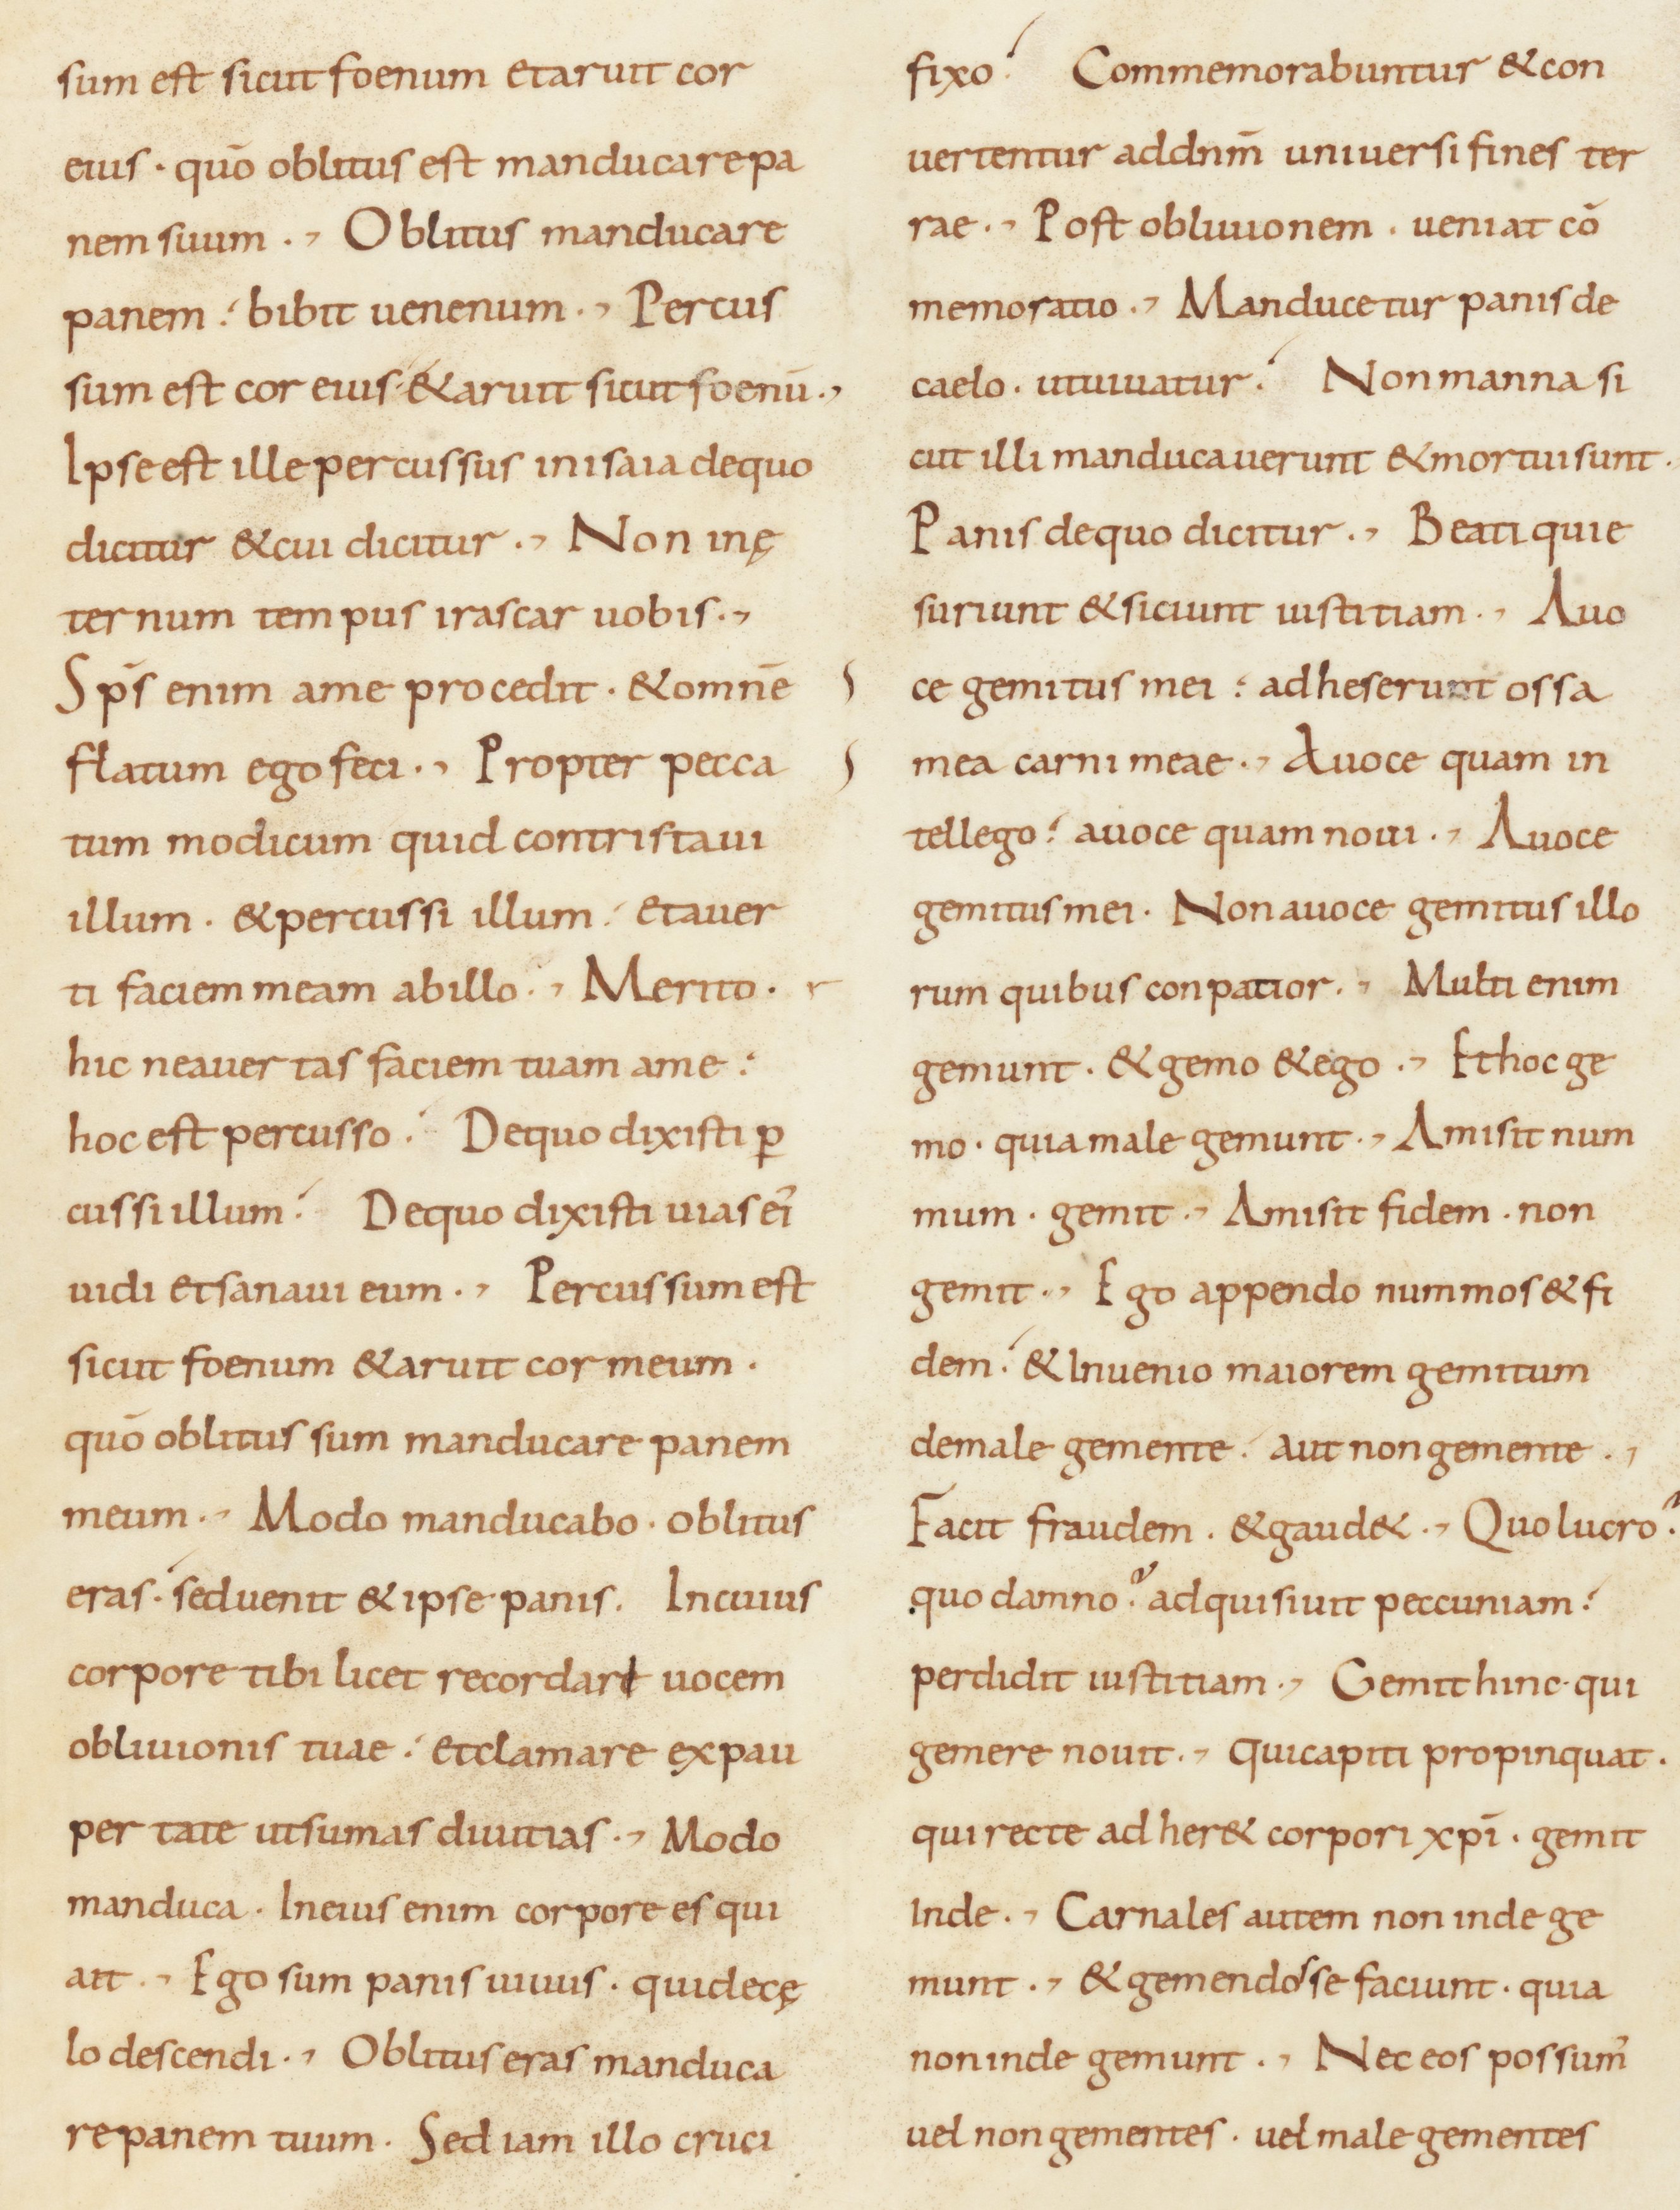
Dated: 800–899